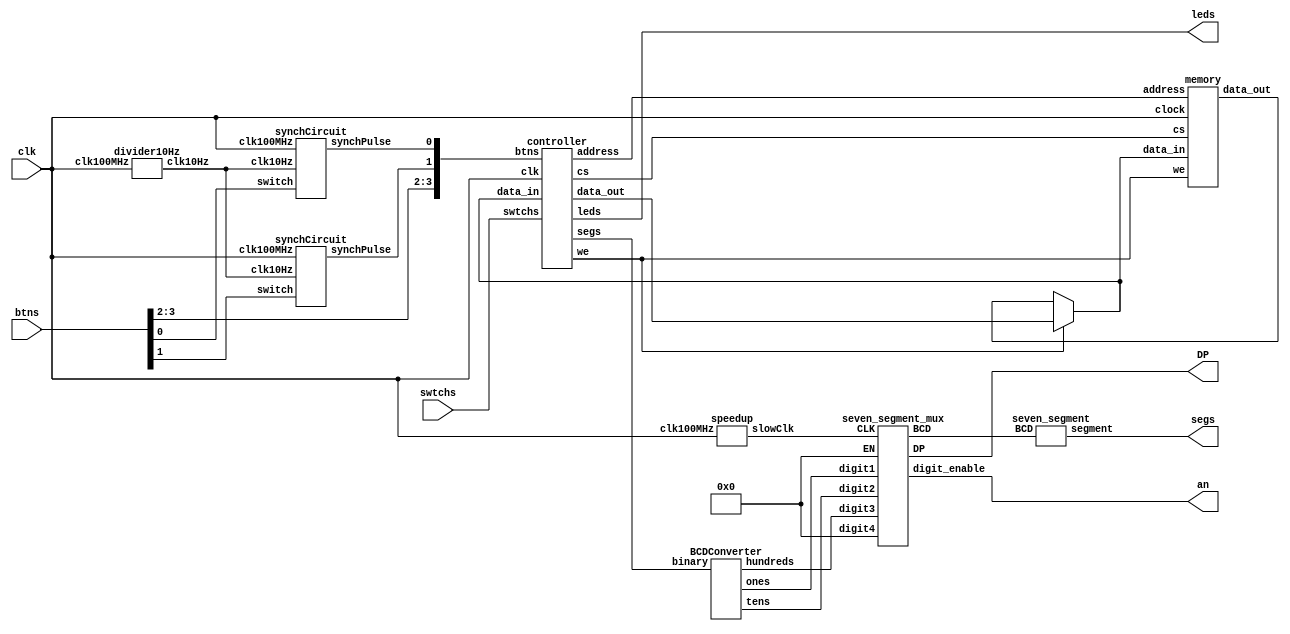
`define ADD 0
`define SUB 1
`define INC_DAR_DAR  0
`define DEC_DAR_DAR  1
`define SPR_DAR   2
`define INC_SPR_DAR2 3
`define RES_SPR   0
`define INC_SPR_SPR  1
`define DEC_SPR_SPR  2
`define DAR_OUT   0
`define SPR_OUT   1
`define INC_SPR_OUT  2
`define BUS_DVR   0
`define ADD_DVR   1
`define DVR_CLR   2
`define DAR_CLR   4
`define INC_SPR_DAR1 5
`define BUS_SWITCHES 8'b11111111
`define BUS_ARITH 8'b00000000


module top(clk, btns, swtchs, leds, segs, an,DP);
  input clk;
  input[3:0] btns;
  input[7:0] swtchs;
  output[7:0] leds;
  output[6:0] segs; // TODO 
  output[3:0] an;
 
  //might need to change some of these from wires to regs wire cs;
  wire we;
  wire[6:0] addr;
  wire[7:0] data_out_mem;
  wire[7:0] data_out_ctrl;
  reg[7:0] data_bus;
  wire synchbtnL;
  wire synchbtnR;
  wire [3:0] synchbtns;
  wire clk10Hz;
  wire fast7SegCLK;
  output DP;
  wire [3:0] BCD;
  wire [3:0] EN3;
  wire [3:0] unused;
  wire [3:0] digit1,digit2,digit3;
  wire [7:0] binary8bits;
  // assigning buttons to send to controller
  assign synchbtns[2] = btns[2];
  assign synchbtns[3] = btns[3];  
 //           switch, fastClk, debcounceClk,              synchPulse
 synchCircuit sC1(btns[0],  clk,  clk10Hz /* 10Hz */, synchbtns[0]);
 synchCircuit sC2(btns[1],  clk,  clk10Hz /* 10Hz */, synchbtns[1]);
 
 divider10Hz d1(clk, clk10Hz);



  always @(*)
  begin
  if (we)
    data_bus <= data_out_ctrl;
  else
    data_bus <= data_out_mem;
  end

    
    // fast7SegClk is used to alternate the 7 segment display output enables to make them all visible 
  seven_segment_mux  mux(fast7SegCLK,digit1,digit2,digit3,unused,BCD,an,DP,EN3);
  speedup fast(clk, fast7SegCLK);
  seven_segment display(segs,BCD);
  BCDConverter convert(binary8bits, digit3, digit2, digit1); 
//  assign digit3 = 4'b1000; 
//  assign digit2 = 4'b0101;
//  assign digit1 = 4'b0010;  

 
  assign EN3=4'b0000;
  assign unused=4'b0000;
 
  controller ctrl(clk, cs, we, addr, data_bus, data_out_ctrl,
  synchbtns, swtchs, leds, binary8bits);
 
  memory mem(clk, cs, we, addr, data_bus, data_out_mem);
 
  //add any other functions you need
  //(e.g. debouncing, multiplexing, clock-division, etc)
 
endmodule


// useful BCD Code converter code snipet from www.eng.utah.edu
module BCDConverter(binary, hundreds, tens, ones); 
  input [7:0] binary; 
  output reg [3:0] hundreds, tens, ones; 

  integer i; 
  always @ (binary)
  begin
    hundreds = 0; 
    tens = 0; 
    ones = 0; 

    for (i=7; i>=0; i = i - 1)
    begin
      if (hundreds >= 5)
        hundreds = hundreds + 3; 
      if (tens >= 5)
        tens = tens + 3; 
      if (ones >= 5)
        ones = ones + 3; 
      // 
      hundreds = hundreds << 1; 
      hundreds[0] = tens[3]; 
      tens = tens << 1; 
      tens[0] = ones[3]; 
      ones = ones << 1; 
      ones[0] = binary[i]; 
    end 
  end
endmodule 


module controller(clk, cs, we, address, data_in, data_out, btns, swtchs, leds, segs);
  input clk;
  output reg cs;
  output reg we;
  output reg [6:0] address;
  input[7:0] data_in;
  output[7:0] data_out;
  input[3:0] btns;
  input[7:0] swtchs;
  output[7:0] leds; // leds[7] isEmpty
  output[7:0] segs; // 7 segment bits TODO   
 
  reg [7:0] arithReg1;
  reg [7:0] arithReg2;
  reg [4:0] state,nextstate;
  reg [6:0] SPR,DAR;
  reg [7:0] DVR;
  wire [6:0] nextSPR, nextDAR;
  wire [7:0] nextDVR;
  wire[7:0] arithOut;
  reg [1:0] SPRsel;
  reg [2:0] DARsel;
  reg ArithSEL;
  reg [1:0] addressSel;
  reg aren1;
  reg aren2;
  reg DVRen;
  reg DARen;
  reg SPRen;
  reg [1:0] DVRSel;
  reg [7:0] busSEL;
  
  assign leds = {&SPR, DAR}; 

  // BCD to segs for DVR
  assign segs = DVR; 

 
//instantiated modules
DVRMUX dvr(data_in, arithOut, DVRSel, nextDVR);
DARMUX darmux1(DAR,SPR,nextDAR,DARsel);
SPRMux sprmux1(SPR,SPRsel,nextSPR);
arithRegAdder arithadder1(arithReg1, arithReg2, ArithSEL, arithOut);

assign data_out = ((~busSEL & arithOut)
                  | (busSEL & swtchs));

always @ (*)
begin
  case (addressSel)
  `DAR_OUT: address <= DAR;
  `SPR_OUT: address <= SPR;
  `INC_SPR_OUT: address <= SPR + 1;
  default: address <= 0;
  endcase
end

// udpating state with next state
// moore machine, so outputs taken care of in next always block
always @(posedge clk) // use posedge of clock and single pulse of input is set on posedge
begin
  state<=nextstate;  

  // write new SPR
  if (SPRen)
  SPR <= nextSPR;
  else
  SPR <= SPR;  

  // write new DAR
  if (DARen)
  DAR <= nextDAR;
  else
  DAR <= DAR;

  // write new DVR
  if (DVRen)
  DVR <= nextDVR;
  else
  DVR <= DVR;

  // mux reg inputs
  if (aren1)
  arithReg1 <= data_in;
  else
  arithReg1<=arithReg1;
  if(aren2)
  arithReg2<=data_in;
  else
  arithReg2 <=arithReg2;
end


always @ (state, btns[0], btns[1])
  begin
    
  case(state)

  0: begin //Default
  cs <= 0;
  we <= 0;
  aren1 <= 0;
  aren2 <= 0;
  DVRen <= 0;
  DARen <= 0;
  SPRen <= 0;
  SPRsel <= 0;
  ArithSEL<=0;  
  DVRSel<=0;  
  DARsel<=0;   
  addressSel<=0;
  busSEL<=`BUS_ARITH;
   
  // branch out of default state
  case(btns)

  0: begin //Default
  nextstate <= 0;
  end

  4'b0010: begin //Pop
  nextstate <= 1;
  end

  4'b0110: begin //Subtract
    nextstate <= 2;
  end

  4'b1010: begin //Clear
  nextstate<=3;
  end

  4'b1110: begin  //Decrement Address
  nextstate<=4;
  end

  4'b0001: begin  //Push
  nextstate<=5;
  end

  4'b0101: begin  //Add
  nextstate<=6;
  end

  4'b1001: begin  //Top
  nextstate<=7;
  end

  4'b1101: begin // Increment Address
    nextstate<=8;
  end
  default:begin
    nextstate<=0;
    end
  endcase
  end
  1: begin //Pop
  cs <= 0;
  we <= 0;
  aren1 <= 0;
  aren2 <= 0;
  DVRen <= 0;
  DARen <= 1;
  SPRen <= 1 ;
  DVRSel <= 0;
  DARsel <= `INC_SPR_DAR2;
  SPRsel <= `INC_SPR_SPR;
  ArithSEL <=0 ;   
  addressSel <= 0;
  nextstate <= 19;
    busSEL<=`BUS_ARITH;
  end

  2: begin //Subtract
  cs <=0 ;
  we <= 0;
  aren1 <= 0;
  aren2 <= 0;
  DVRen <= 0;
  DARen <= 1;
  SPRen <= 1;
  DARsel <= `INC_SPR_DAR2;
  DVRSel <= 0;
  SPRsel <= `INC_SPR_SPR;
  ArithSEL <= 0;
  nextstate <= 9;
  addressSel<= `INC_SPR_OUT;
    busSEL<=`BUS_ARITH;

  end

  3: begin //Clear
  cs <= 0;
  we <= 0;
  aren1 <= 0;
  aren2 <= 0;
  DVRen <= 1;
  DARen <= 1;
  SPRen <= 1;
  DARsel <= `DAR_CLR;
  DVRSel <= `DVR_CLR;
  SPRsel <= `RES_SPR;
  ArithSEL <= 0;   
  nextstate <= 0;
  addressSel<= 0;
    busSEL<=`BUS_ARITH;
  end

  4: begin  //Decrement Address
  cs <= 0;
  we <= 0;
  aren1 <= 0;
  aren2 <= 0;
  DVRen <= 0;
  DARen <= 1;
  SPRen <= 0;
  DARsel <= `INC_DAR_DAR;
  DVRSel <=0 ;
  SPRsel <= 0;
  ArithSEL <=0 ;   
  nextstate <= 12;
  addressSel<= `DAR_OUT;
    busSEL<=`BUS_ARITH;
  end

  5: begin  //Push
  cs <= 0;
  we <= 0;
  aren1 <= 0;
  aren2 <= 0;
  DVRen <= 0;
  DARen <= 1;
  SPRen <= 1;
  DVRSel <= 0;
  DARsel <= `SPR_DAR;
  SPRsel <= `DEC_SPR_SPR;
  ArithSEL <=0 ;   
  addressSel <= `SPR_OUT; // only because this is the address that will be read
                          // and will be written to DAR end of cycle
   
  nextstate <= 13;
    busSEL <= `BUS_SWITCHES;
  end

  6: begin  //Add
  cs <=0 ;
  we <= 0;
  aren1 <= 0;
  aren2 <= 0;
  DVRen <= 0;
  DARen <= 1;
  SPRen <= 1;
  DARsel <= `INC_SPR_DAR2;
  DVRSel <= 0;
  SPRsel <= `INC_SPR_SPR;
  ArithSEL <= 0;
  nextstate <= 14;
  addressSel<= `INC_SPR_OUT;
    busSEL<=`BUS_ARITH;
   
  end

  7: begin  //Top
  cs <= 0;
  we <= 0;
  aren1 <= 0;
  aren2 <= 0;
  DVRen <= 0;
  DARen <= 1;
  SPRen <= 0;
  DARsel <= `INC_SPR_DAR1;
  DVRSel <=0 ;
  SPRsel <= 0;
  ArithSEL <=0 ;   
  nextstate <= 12;
  addressSel<= `INC_SPR_OUT;
    busSEL<=`BUS_ARITH;
     
  end

  8: begin  //Increment Adder
  cs <= 0;
  we <= 0;
  aren1 <= 0;
  aren2 <= 0;
  DVRen <= 0;
  DARen <= 1;
  SPRen <= 0;
  DARsel <= `DEC_DAR_DAR;
  DVRSel <=0 ;
  SPRsel <= 0;
  ArithSEL <=0 ;   
  nextstate <= 12;
  addressSel<= `DAR_OUT;
    busSEL<=`BUS_ARITH;
  end

  9: begin  //Subtract Memory1 Read
  cs <= 1;
  we <= 0;
  aren1 <= 0;
  aren2 <= 0;
  DVRen <= 0;
  DARen <= 0;
  SPRen <= 0;
  DARsel <= 0;
  DVRSel <= 0;
  SPRsel <= 0;
  ArithSEL <= 0;   
  nextstate <= 21;
  addressSel <= `SPR_OUT;
    busSEL<=`BUS_ARITH;
   
  end

  10: begin  //Subtract Memory2 Read
  cs <= 1;
  we <= 0;
  aren1 <= 0;
  aren2 <= 1;
  DVRen <= 0;
  DARen <= 0;
  DVRSel<=0;
  SPRen <= 0;
  DARsel <= 0;
  SPRsel <= 0;  
  ArithSEL <= 0;
  addressSel <= `SPR_OUT;    
  nextstate <= 22;    
    busSEL<=`BUS_ARITH;
  end

  11: begin // mem write from add

  cs <= 1;
  we <= 1;
  aren1 <= 0;
  aren2 <= 0;
  DVRen <= 0;
  DARen <= 0;
  DVRSel<=0;
  SPRen <= 1;
  DARsel <= 0;
  SPRsel <= `DEC_SPR_SPR;  
  ArithSEL <= `ADD;
  addressSel <= `SPR_OUT;    
  nextstate <=0;   
    busSEL<=`BUS_ARITH;
  end

  12: begin // mem read from dec adder
  cs <= 1;
  we <= 0;
  aren1 <= 0;
  aren2 <= 0;
  DVRen <= 0;
  DARen <= 0;
  DVRSel<=0;
  SPRen <= 0;
  DARsel <= 0;
  SPRsel <= 0;  
  ArithSEL <= 0;
  addressSel <= `DAR_OUT;    
  nextstate <=23;
    busSEL<=`BUS_ARITH;
  end
 
    13: begin // push write
  cs <= 1;
  we <= 1;
  aren1 <= 0;
  aren2 <= 0;
  DVRen <= 1;
  DARen <= 0;
  SPRen <= 0;
  DARsel <= 0;
  DVRSel <= `BUS_DVR;
  SPRsel <= 0;
  ArithSEL <= 0;   
  nextstate <= 0;
  addressSel<= `DAR_OUT;
    busSEL<=`BUS_SWITCHES;

    end
 
  14: begin // 1st mem read from add
  cs <= 1;
  we <= 0;
  aren1 <= 0;
  aren2 <= 0;
  DVRen <= 0;
  DARen <= 0;
  SPRen <= 0;
  DARsel <= 0;
  DVRSel <= 0;
  SPRsel <= 0;
  ArithSEL <= 0;   
  nextstate <= 24;
  addressSel <= `SPR_OUT;  
  busSEL<=`BUS_ARITH;
  end
    
  15: begin // 2nd mem read from add
  cs <= 1;
  we <= 0;
  aren1 <= 0;
  aren2 <= 1;
  DVRen <= 0;
  DARen <= 0;
  DVRSel<=0;
  SPRen <= 0;
  DARsel <= 0;
  SPRsel <= 0;  
  ArithSEL <= 0;
  addressSel <= `SPR_OUT;    
  nextstate <= 25;
    busSEL<=`BUS_ARITH;

  end
  
  16: begin // mem write from subtract
  
      cs <= 1;
      we <= 1;
      aren1 <= 0;
      aren2 <= 0;
      DVRen <= 0;
      DARen <= 0;
      DVRSel<=0;
      SPRen <= 1;
      DARsel <= 0;
      SPRsel <= `DEC_SPR_SPR;  
      ArithSEL <= `SUB;
      addressSel <= `SPR_OUT;    
      nextstate <=0;   
        busSEL<=`BUS_ARITH;
    end
  19: begin // mem read from pop
  cs <= 1;
  we <= 0;
  aren1 <= 0;
  aren2 <= 0;
  DVRen <= 0;
  DARen <= 0;
  DVRSel<=0;
  SPRen <= 0;
  DARsel <= 0;
  SPRsel <= 0;
  ArithSEL <= 0;
  addressSel <= `DAR_OUT;    
  nextstate <= 20;
    busSEL<=`BUS_ARITH;
  end
  20: begin // mem read2 from pop
  cs <= 0;
  we <= 0;
  aren1 <= 0;
  aren2 <= 0;
  DVRen <= 1;
  DARen <= 0;
  SPRen <= 0;
  DARsel <= 0;
  DVRSel <= `BUS_DVR;
  SPRsel <= 0;
  ArithSEL <= 0;   
  nextstate <= 0;
  addressSel<=0;
    busSEL<=`BUS_ARITH;
  end
  21: begin // mem read2 from subtract
  cs <= 1;
  we <= 0;
  aren1 <= 1;
  aren2 <= 0;
  DVRen <= 0;
  DARen <= 0;
  SPRen <= 1;
  DARsel <= 0;
  DVRSel <= 0;
  SPRsel <= `INC_SPR_SPR;
  ArithSEL <= 0;   
  nextstate <= 10;
  addressSel<= `SPR_OUT;
    busSEL<=`BUS_ARITH;
  end
  22: begin // mem read2 from subtract
  cs <= 1;
  we <= 1;
  aren1 <= 0;
  aren2 <= 0;
  DVRen <= 1;
  DARen <= 0;
  SPRen <= 0;
  DARsel <= 0;
  DVRSel <= `ADD_DVR;
  SPRsel <= 0;
  ArithSEL <= `SUB;    
  nextstate <= 16;
  addressSel<= `SPR_OUT;
    busSEL<=`BUS_ARITH;
  end
  23: begin // mem latch from DEC ADDR
  cs <= 0;
  we <= 0;
  aren1 <= 0;
  aren2 <= 0;
  DVRen <= 1;
  DARen <= 0;
  SPRen <= 0;
  DARsel <= 0;
  DVRSel <= `BUS_DVR;
  SPRsel <= 0;
  ArithSEL <= 0;   
  nextstate <= 0;
  addressSel<= `DAR_OUT;
  busSEL<=`BUS_ARITH;
  end
  24: begin // mem read2 from add
  cs <= 1;
  we <= 0;
  aren1 <= 1;
  aren2 <= 0;
  DVRen <= 0;
  DARen <= 0;
  SPRen <= 1;
  DARsel <= 0;
  DVRSel <= 0;
  SPRsel <= `INC_SPR_SPR;
  ArithSEL <= 0;   
  nextstate <= 15;
  addressSel<= `SPR_OUT;
    busSEL<=`BUS_ARITH;
  end
  25: begin // mem read2 from add
  cs <= 1;
  we <= 1;
  aren1 <= 0;
  aren2 <= 0;
  DVRen <= 1;
  DARen <= 0;
  SPRen <= 0;
  DARsel <= 0;
  DVRSel <= `ADD_DVR;
  SPRsel <= 0;
  ArithSEL <= `ADD;    
  nextstate <= 11;
  addressSel<= `SPR_OUT;
    busSEL<=`BUS_ARITH;
  end

    
  default:begin
  cs <= 0;
  we <= 0;
  aren1 <= 0;
  aren2 <= 0;
  DVRen <= 0;
  DARen <= 0;
  SPRen <= 0;
  DARsel <= 0;
  DVRSel <= 0;
  SPRsel <= 0;
  ArithSEL <= 0;   
  nextstate <= 0;
  addressSel<= 0;
    busSEL<=0;
   
  end
    
  endcase
  end
endmodule

 

// controller component module
module DARMUX(OLDDAR,SPR,NEWDAR,DARsel);
  input [6:0] SPR,OLDDAR;
  input [2:0] DARsel;
  output reg [6:0] NEWDAR;

always@(*)
  begin
  case(DARsel)
  `SPR_DAR: NEWDAR<=SPR;  //2
  `DEC_DAR_DAR: NEWDAR<=OLDDAR-1;//1
  `INC_DAR_DAR: NEWDAR<=OLDDAR+1;//0
  `INC_SPR_DAR2: NEWDAR<= SPR+2;//3
  `DAR_CLR: NEWDAR <= 0;//4
  `INC_SPR_DAR1: NEWDAR <= SPR + 1;//4
  default: NEWDAR<=0;
  endcase
  end

endmodule

module DVRMUX(dataIn, arithOut, DVRSel, nextDVR);
input [7:0] dataIn, arithOut;
input [1:0] DVRSel;
 
output reg [7:0] nextDVR;

always @ (*)
begin
  case (DVRSel)
  `BUS_DVR: nextDVR <= dataIn;
  `ADD_DVR: nextDVR <= arithOut;
  `DVR_CLR: nextDVR<=0;
  default: nextDVR<=0;
  endcase
end

endmodule


// assumes that arithReg1 is the higher addressed data
module arithRegAdder(arithReg1, arithReg2, arithAddSub, arithOut);
  input [7:0] arithReg1;
  input [7:0] arithReg2;
  input arithAddSub;
  output reg [7:0] arithOut;

  always @ (*)
  begin
  case (arithAddSub)
  `ADD: begin
    arithOut = arithReg1 + arithReg2;
  end
  `SUB: begin
    arithOut = arithReg1 - arithReg2;
  end
  endcase
  end
endmodule

module SPRMux(oldSPR,SPRsel,newSPR);
input [6:0] oldSPR;
input [1:0] SPRsel;
output reg [6:0] newSPR;
 
always@(*)
begin
  case (SPRsel)
  0: newSPR<=7'b1111111;
  1: newSPR<=oldSPR+1;
  2: newSPR<= oldSPR-1;
  default: newSPR <= 0; 
  endcase
end
endmodule

module synchCircuit(switch, clk100MHz, clk10Hz, synchPulse);
  input wire switch, clk100MHz, clk10Hz;
  output wire synchPulse; // synchOut is the debounced output from second DFF
 
  wire s1, s0;
  wire q1, q1n, synchOut, synchOutN;

  DFF d1(switch,   clk10Hz, q1,   q1n);   // clock period is max debounce time
  DFF d2(q1,  clk10Hz,  synchOut, SynchOutN); // clock period is max debounce time
  DFF d3(synchOut, clk100MHz,  s1,  s0);  // clock period is what outer module
                                            // is synchronized to

  assign synchPulse = (s0 && synchOut);  

endmodule


module DFF(d, clk, out, outN);
  input wire d, clk;
  output wire out, outN;
  reg qInternal;

  always @(posedge clk)
  begin
  qInternal <= d;
  end

  assign out = qInternal;
  assign outN = ~qInternal;

endmodule


module divider10Hz(clk100MHz, clk10Hz);
  input  clk100MHz;
  output clk10Hz;

  reg[22:0] counter;
  assign clk10Hz = counter[22]; // slightly over 40Hz

   initial
  begin
  counter = 0;
  end

  always @ (posedge clk100MHz)
  begin
  counter <= counter + 1;
  end

endmodule


module memory(clock, cs, we, address, data_in, data_out);
  input clock;
  input cs;
  input we;
  input[6:0] address;
  input[7:0] data_in;
  output[7:0] data_out;
 
  reg[7:0] data_out;
 
  reg[7:0] RAM[0:127];
 
  always @ (negedge clock)
  begin
  if((we == 1) && (cs == 1))
  RAM[address] <= data_in[7:0];
 
  data_out <= RAM[address];
  end
endmodule
 



module seven_segment(segment,BCD);
  input [3:0] BCD;
  output [6:0] segment;
  reg [6:0] segment;


  always@(BCD)
  begin
  case (BCD)
  4'b0000:segment=7'b1000000;
  4'b0001:segment=7'b1111001;
  4'b0010:segment=7'b0100100;
  4'b0011:segment=7'b0110000;
  4'b0100:segment=7'b0011001;
  4'b0101:segment=7'b0010010;
  4'b0110:segment=7'b0000010;
  4'b0111:segment=7'b1111000;
  4'b1000:segment=7'b0000000;
  4'b1001:segment=7'b0010000;
  default:segment=7'b1111111;
  endcase
  end

endmodule


// clock used to alternate 7 seg outputs
module speedup(clk100MHz, slowClk);
 
  input clk100MHz; //fast clock
  output slowClk; //slow clock
 
  reg [15:0] counter;
 
  // switch to 27 for visible division
  assign slowClk = counter[15]; //(2^27 / 100E6) = 1.34seconds
 
  initial
  begin
  counter <= 0;
  end


  always @ (posedge clk100MHz)
  begin
  counter <= counter + 1; //increment the counter every 10ns (1/100 Mhz) cycle.
  end

endmodule



module seven_segment_mux(CLK,digit1,digit2,digit3,digit4,BCD,digit_enable,DP,EN);
  input CLK;
  input [3:0] digit1,digit2,digit3,digit4,EN;
  output DP;
  output [3:0] BCD,digit_enable;
  reg [3:0] digit_enable,BCD;
  reg [1:0] switch;
  reg DP;

  always@(posedge CLK)
  begin
  case(switch)
   2'b00: begin
  BCD<=digit1;
  switch<=2'b01;
  digit_enable<=4'b1110|EN;
  DP<=1;
  end
   2'b01: begin
  BCD<=digit2;
  switch<=2'b10;
  digit_enable<=4'b1101|EN;
  DP<=1;
  end
   2'b10: begin
  BCD<=digit3;
  switch<=2'b11;
  digit_enable<=4'b1011|EN;
  DP<=1;
  end
   2'b11: begin
  BCD<=digit4;
  switch<=2'b00;
  digit_enable<=4'b0111|EN;
  DP<=1;
  end
   default: begin
    BCD<=digit1;
    switch<=2'b00;
    digit_enable<=4'b1111|EN;
    DP<=1;
    end
   endcase


  end
 
endmodule